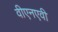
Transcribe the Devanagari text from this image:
वीएनएवी